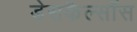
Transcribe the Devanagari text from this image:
डेसकैल्सॉस